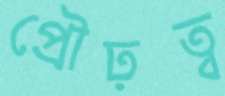
প্রৌঢ়ত্ব